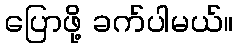
ပြောဖို့ ခက်ပါမယ်။